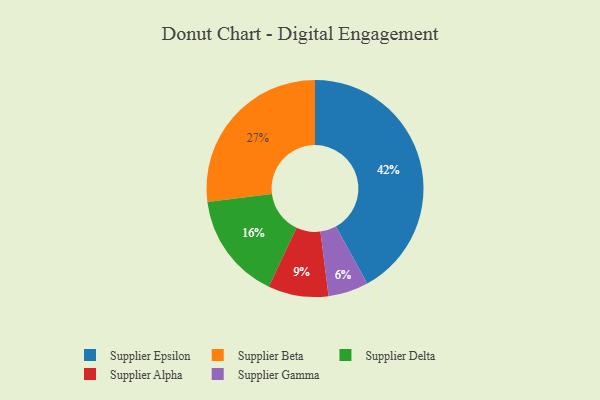
{"axis": {"x": "Category", "y": "Percentage"}, "legend": ["Supplier Alpha", "Supplier Beta", "Supplier Delta", "Supplier Epsilon", "Supplier Gamma"], "data": [{"x": "Supplier Epsilon", "y": 42, "type": "Supplier Epsilon"}, {"x": "Supplier Beta", "y": 27, "type": "Supplier Beta"}, {"x": "Supplier Gamma", "y": 6, "type": "Supplier Gamma"}, {"x": "Supplier Delta", "y": 16, "type": "Supplier Delta"}, {"x": "Supplier Alpha", "y": 9, "type": "Supplier Alpha"}]}